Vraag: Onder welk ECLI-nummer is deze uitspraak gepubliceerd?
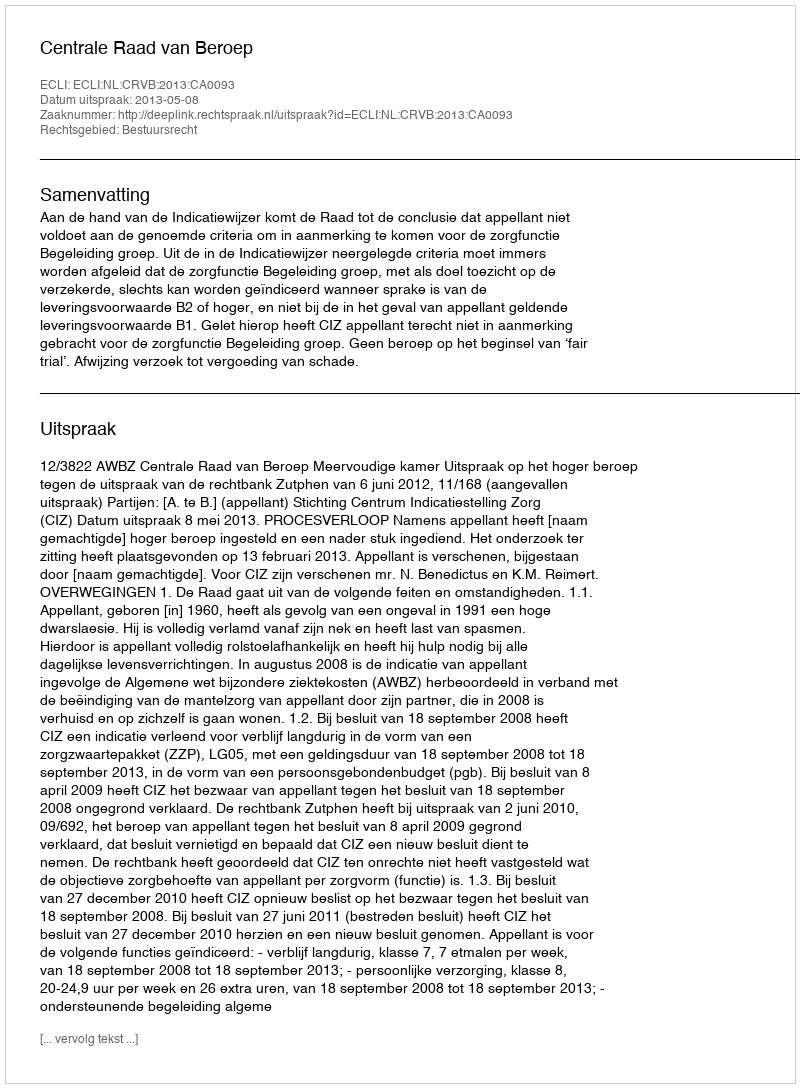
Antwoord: ECLI:NL:CRVB:2013:CA0093